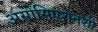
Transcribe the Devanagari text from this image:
असोसिएशनशी